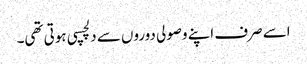
اسے صرف اپنے وصولی دوروں سے دلچسپی ہوتی تھی۔